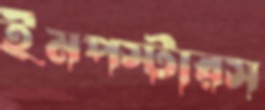
ইমপস্টারস